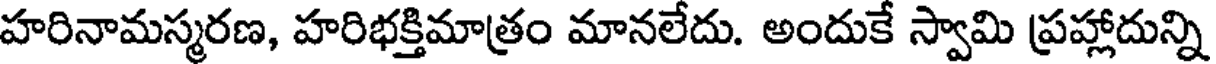
హరినామస్మరణ, హరిభక్తిమాత్రం మానలేదు. అందుకే స్వామి ప్రహ్లాదున్ని